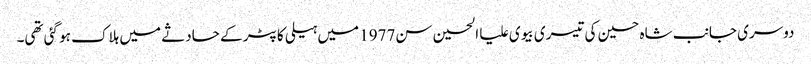
دوسری جانب شاہ حسین کی تیسری بیوی علیا الحسین سن1977 میں ہیلی کاپٹر کے حادثے میں ہلاک ہو گئی تھی۔